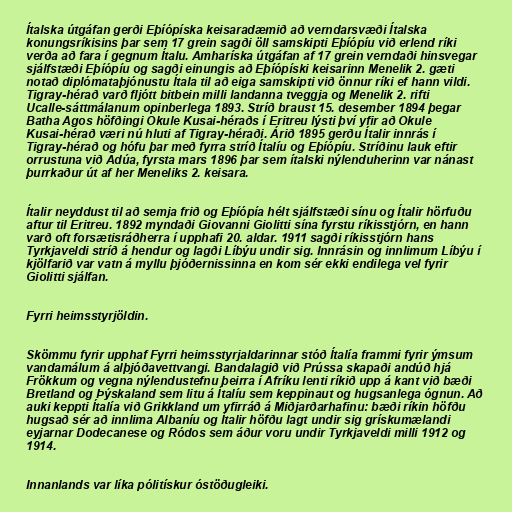
Ítalska útgáfan gerði Eþíópíska keisaradæmið að verndarsvæði Ítalska
konungsríkisins þar sem 17 grein sagði öll samskipti Eþíópíu við erlend ríki
verða að fara í gegnum Ítalu. Amharíska útgáfan af 17 grein verndaði hinsvegar
sjálfstæði Eþíópíu og sagði einungis að Eþíópíski keisarinn Menelik 2. gæti
notað diplómataþjónustu Ítala til að eiga samskipti við önnur ríki ef hann vildi.
Tigray-hérað varð fljótt bitbein milli landanna tveggja og Menelik 2. rifti
Ucalle-sáttmálanum opinberlega 1893. Stríð braust 15. desember 1894 þegar
Batha Agos höfðingi Okule Kusai-héraðs í Eritreu lýsti því yfir að Okule
Kusai-hérað væri nú hluti af Tigray-héraði. Árið 1895 gerðu Ítalir innrás í
Tigray-hérað og hófu þar með fyrra stríð Ítalíu og Eþíópíu. Stríðinu lauk eftir
orrustuna við Adúa, fyrsta mars 1896 þar sem ítalski nýlenduherinn var nánast
þurrkaður út af her Meneliks 2. keisara.

Ítalir neyddust til að semja frið og Eþíópía hélt sjálfstæði sínu og Ítalir hörfuðu
aftur til Eritreu. 1892 myndaði Giovanni Giolitti sína fyrstu ríkisstjórn, en hann
varð oft forsætisráðherra í upphafi 20. aldar. 1911 sagði ríkisstjórn hans
Tyrkjaveldi stríð á hendur og lagði Líbýu undir sig. Innrásin og innlimum Líbýu í
kjölfarið var vatn á myllu þjóðernissinna en kom sér ekki endilega vel fyrir
Giolitti sjálfan.

Fyrri heimsstyrjöldin.

Skömmu fyrir upphaf Fyrri heimsstyrjaldarinnar stóð Ítalía frammi fyrir ýmsum
vandamálum á alþjóðavettvangi. Bandalagið við Prússa skapaði andúð hjá
Frökkum og vegna nýlendustefnu þeirra í Afríku lenti ríkið upp á kant við bæði
Bretland og Þýskaland sem litu á Ítalíu sem keppinaut og hugsanlega ógnun. Að
auki keppti Ítalía við Grikkland um yfirráð á Miðjarðarhafinu: bæði ríkin höfðu
hugsað sér að innlima Albaníu og Ítalir höfðu lagt undir sig grískumælandi
eyjarnar Dodecanese og Ródos sem áður voru undir Tyrkjaveldi milli 1912 og
1914.

Innanlands var líka pólitískur óstöðugleiki.